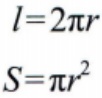
\[
l = 2\pi r\\
S=\pi r^{2}
\]